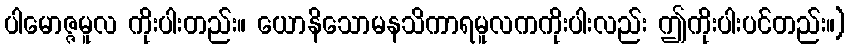
ပါမောဇ္ဇမူလ ကိုးပါးတည်း။ ယောနိသောမနသိကာရမူလကကိုးပါးလည်း ဤကိုးပါးပင်တည်း။)